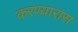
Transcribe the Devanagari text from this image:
करण्यारास